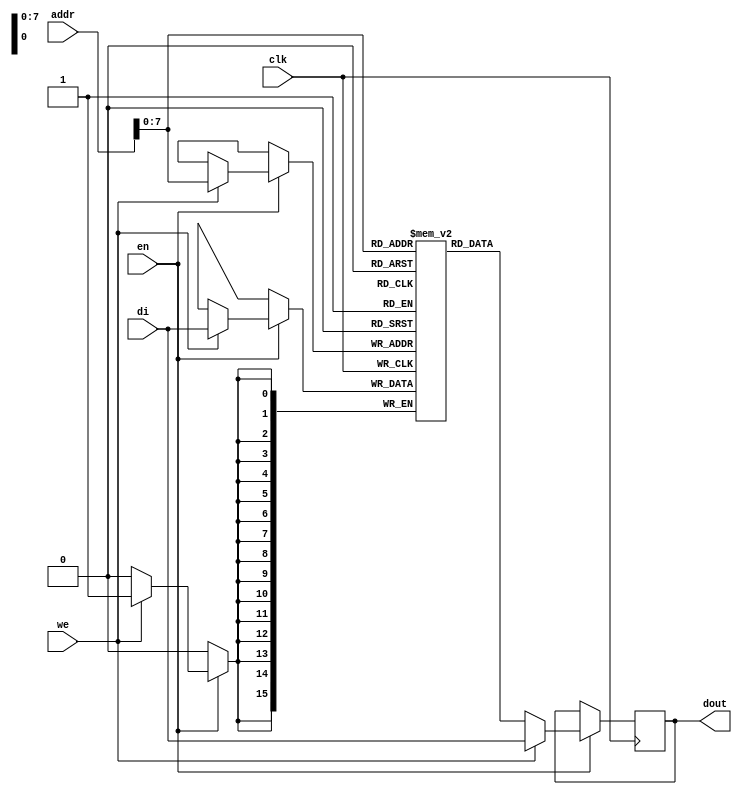
// Single-Port Block RAM Write-First Mode (recommended template)
module rams_sp_wf (clk, we, en, addr, di, dout);
input clk; 
input we; 
input en;
input [15:0] addr; 
input [15:0] di; 
output [15:0] dout;
reg [15:0] RAM [(16 ** 2)-1:0];
reg [15:0] dout;
always @(posedge clk)
begin
  if (en)
  begin
    if (we)
      begin
        RAM[addr] <= di;
        dout <= di;
      end
   else
    dout <= RAM[addr];
  end
end
endmodule